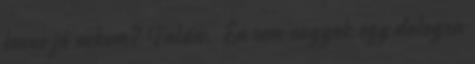
lenne jó nekem? Talán. Én sem vagyok egy dologra